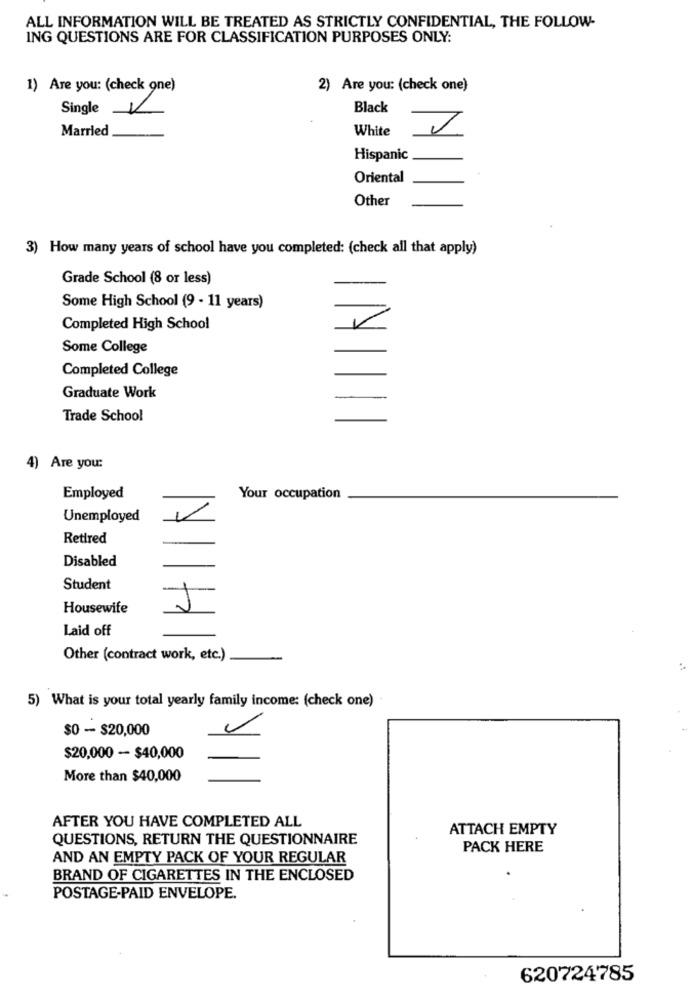
ALL INFORMATION WILL BE TREATED AS STRICTLY CONFIDENTIAL, THE FOLLOW-
ING QUESTIONS ARE FOR CLASSIFICATION PURPOSES ONLY:
1) Are you: (check one)
2) Are you: (check one)
Single
Black
Married
White
Hispanic
Oriental
Other
3) How many years of school have you completed: (check all that apply)
Grade School (8 or less)
Some High School (9 - 11 years)
Completed High School
Some College
Completed College
Graduate Work
Trade School
11
4) Are you:
Employed
Your occupation
Unemployed
Retired
Disabled
Student
Housewife
Laid off
Other (contract work, etc.)
5) What is your total yearly family income: (check one)
$0 - $20,000
$20,000 - $40,000
More than $40,000
AFTER YOU HAVE COMPLETED ALL
ATTACH EMPTY
QUESTIONS, RETURN THE QUESTIONNAIRE
PACK HERE
AND AN EMPTY PACK OF YOUR REGULAR
BRAND OF CIGARETTES IN THE ENCLOSED
POSTAGE-PAID ENVELOPE.
620724785